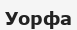
Уорфа